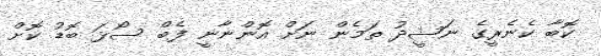
ކޮބާ ކެނެރީގެ ނަޝީދު ތަމެން ނަށް އޮންނާނީ ފެބް ސޯޅަ ބޮޑު ކޮށް